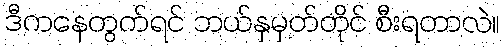
ဒီကနေတွက်ရင် ဘယ်နှမှတ်တိုင် စီးရတာလဲ။